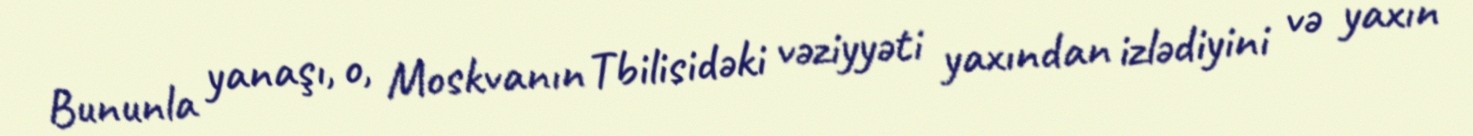
Bununla yanaşı, o, Moskvanın Tbilisidəki vəziyyəti yaxından izlədiyini və yaxın